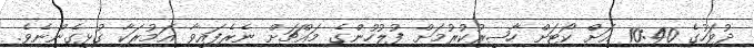
ދުވަހުގެ 10:40 އަށް ކޯޓަށް ހާޟިރުކުރުމަށް ފުލުހުންގެ މައްޗަށް ނެރެފައިވާ އަމުރަކާ ގުޅިގެންނެވެ.